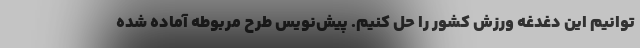
توانیم این دغدغه ورزش کشور را حل کنیم. پیش‌نویس طرح مربوطه آماده شده